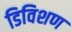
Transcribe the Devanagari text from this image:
डिविशण